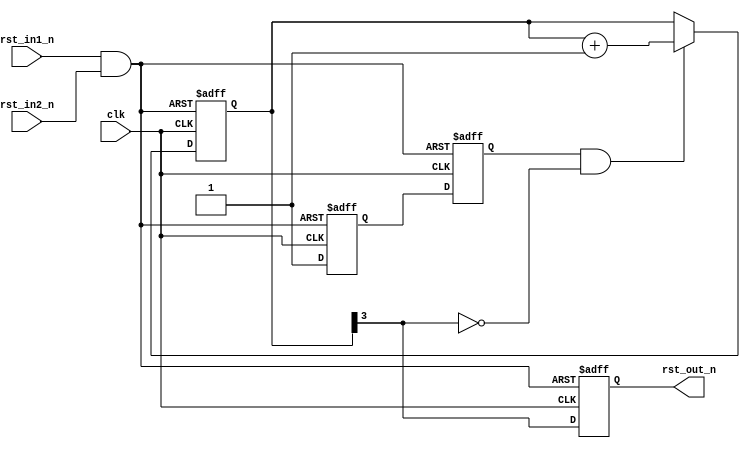
module resetter(

	clk,

	rst_in1_n,
	rst_in2_n,

	rst_out_n );

parameter RST_CNT_SIZE = 3;


	input clk;

	input rst_in1_n; // input of external asynchronous reset 1
	input rst_in2_n; // input of external asynchronous reset 2

	output reg rst_out_n; // output of end-synchronized reset (beginning is asynchronous to clock)



	reg [RST_CNT_SIZE:0] rst_cnt; // one bit more for counter stopping

	reg rst1_n,rst2_n;

	wire resets_n;


	assign resets_n = rst_in1_n & rst_in2_n;

	always @(posedge clk, negedge resets_n)
	if( !resets_n ) // external asynchronous reset
	begin
		rst_cnt <= 0;

		rst1_n <= 1'b0;
		rst2_n <= 1'b0; // sync in reset end

		rst_out_n <= 1'b0; // this zeroing also happens after FPGA configuration, so also power-up reset happens
	end
	else // clocking
	begin
		rst1_n <= 1'b1;
		rst2_n <= rst1_n;

		if( rst2_n && !rst_cnt[RST_CNT_SIZE] )
		begin
			rst_cnt <= rst_cnt + 1;
		end

		rst_out_n <= rst_cnt[RST_CNT_SIZE];
	end


endmodule